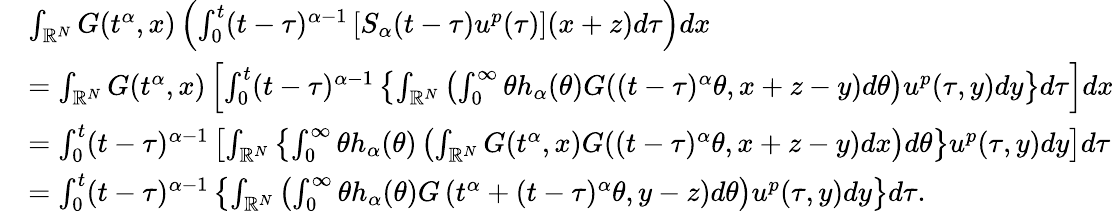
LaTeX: \begin{array}{rl}&{\int_{\mathbb{R}^{N}}G(t^{\alpha},x)\left(\int_{0}^{t}(t-\tau)^{\alpha-1}\left[S_{\alpha}(t-\tau)u^{p}(\tau)\right](x+z)d\tau\right)dx}\\ &{=\int_{\mathbb{R}^{N}}G(t^{\alpha},x)\left[\int_{0}^{t}(t-\tau)^{\alpha-1}\left\{ \int_{\mathbb{R}^{N}}\left(\int_{0}^{\infty}\theta h_{\alpha}(\theta)G((t-\tau)^{\alpha}\theta,x+z-y)d\theta\right)u^{p}(\tau,y)dy\right\} d\tau\right]dx}\\ &{=\int_{0}^{t}(t-\tau)^{\alpha-1}\left[\int_{\mathbb{R}^{N}}\left\{ \int_{0}^{\infty}\theta h_{\alpha}(\theta)\left(\int_{\mathbb{R}^{N}}G(t^{\alpha},x)G((t-\tau)^{\alpha}\theta,x+z-y)dx\right)d\theta\right\} u^{p}(\tau,y)dy\right]d\tau}\\ &{=\int_{0}^{t}(t-\tau)^{\alpha-1}\left\{ \int_{\mathbb{R}^{N}}\left(\int_{0}^{\infty}\theta h_{\alpha}(\theta)G\left(t^{\alpha}+(t-\tau)^{\alpha}\theta,y-z\right)d\theta\right)u^{p}(\tau,y)dy\right\} d\tau.}\end{array}